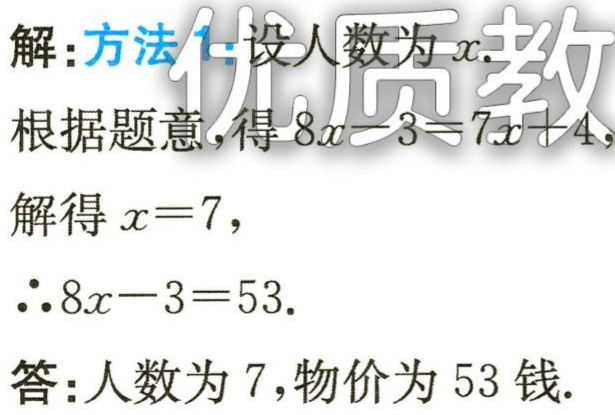
解：方法1.设人数为\(x\).

根据题意，得\(8x - 3 = 7x + 4\)，

解得\(x = 7\)，

\(\therefore 8x - 3 = 53\).

答：人数为\(7\)，物价为\(53\)钱.